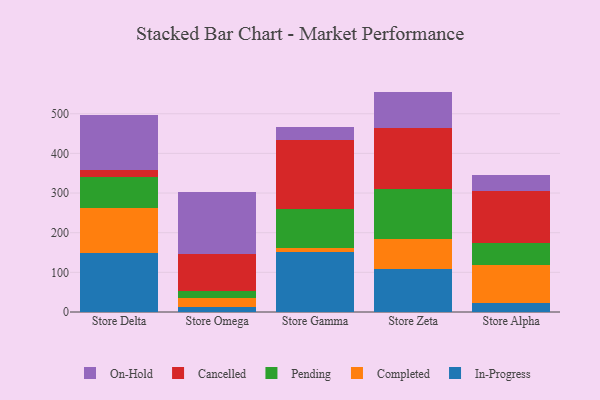
{"axis": {"x": "Store", "y": "Humidity (%)"}, "legend": ["Cancelled", "Completed", "In-Progress", "On-Hold", "Pending"], "data": [{"x": "Store Delta", "y": 147.7, "type": "In-Progress"}, {"x": "Store Delta", "y": 113.8, "type": "Completed"}, {"x": "Store Delta", "y": 79.3, "type": "Pending"}, {"x": "Store Delta", "y": 16.3, "type": "Cancelled"}, {"x": "Store Delta", "y": 139.6, "type": "On-Hold"}, {"x": "Store Omega", "y": 11.9, "type": "In-Progress"}, {"x": "Store Omega", "y": 22.8, "type": "Completed"}, {"x": "Store Omega", "y": 18.0, "type": "Pending"}, {"x": "Store Omega", "y": 93.7, "type": "Cancelled"}, {"x": "Store Omega", "y": 155.6, "type": "On-Hold"}, {"x": "Store Gamma", "y": 151.4, "type": "In-Progress"}, {"x": "Store Gamma", "y": 10.1, "type": "Completed"}, {"x": "Store Gamma", "y": 98.0, "type": "Pending"}, {"x": "Store Gamma", "y": 174.4, "type": "Cancelled"}, {"x": "Store Gamma", "y": 31.7, "type": "On-Hold"}, {"x": "Store Zeta", "y": 108.1, "type": "In-Progress"}, {"x": "Store Zeta", "y": 76.6, "type": "Completed"}, {"x": "Store Zeta", "y": 126.1, "type": "Pending"}, {"x": "Store Zeta", "y": 153.4, "type": "Cancelled"}, {"x": "Store Zeta", "y": 91.6, "type": "On-Hold"}, {"x": "Store Alpha", "y": 23.5, "type": "In-Progress"}, {"x": "Store Alpha", "y": 95.5, "type": "Completed"}, {"x": "Store Alpha", "y": 54.7, "type": "Pending"}, {"x": "Store Alpha", "y": 130.3, "type": "Cancelled"}, {"x": "Store Alpha", "y": 42.4, "type": "On-Hold"}]}